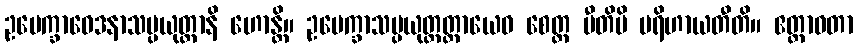
ဥပေက္ခာဝေဒနာသမ္ပယုတ္တာနိ ဟောန္တိ။ ဥပေက္ခာသမ္ပယုတ္တတ္တာယေဝ စေတ္ထ ပီတိပိ ပရိဟာယတီတိ။ ဧတ္တာဝတာ